Sanitation, dispensaries and jails vaccination Rajputana 1922-1927 - 1922-1927
Year: 1922
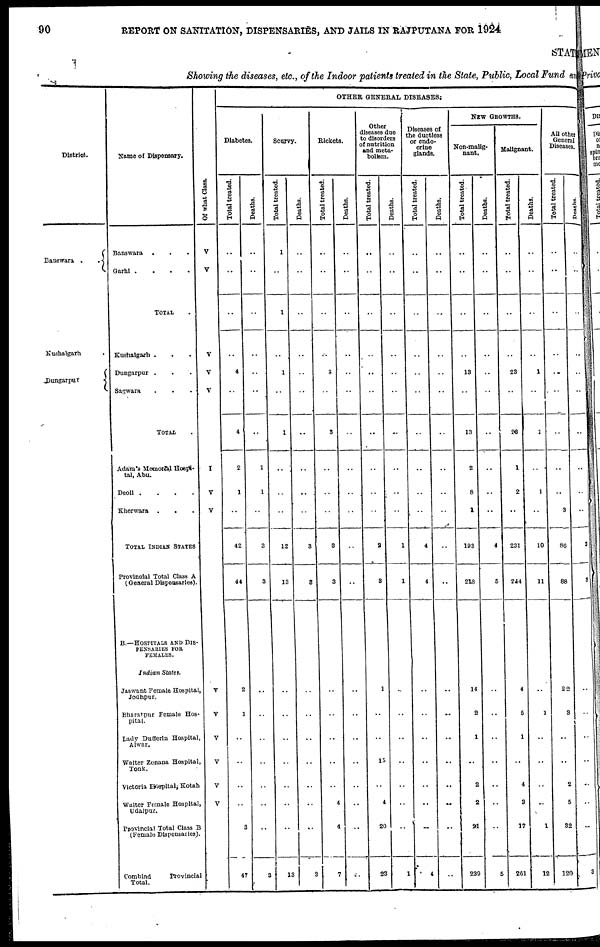
90
REPORT ON SANITATION, DISPENSARIES, AND JAILS IN RAJPUTANA FOR 1924
STAT
Showing the diseases, etc., of the Indoor patients treated in the State, Public, Local Fund and
District.
Banswara
..
Kushalgarh.
Dungarpur
Name of Dispensary.
Banswara ...
Garhi .
.
.
.
TOTAL .
Kushalgarh ...
Dungarpur ...
Sagwara ...
TOTAL .
Adam's Memorial Hospi-
tal, Abu.
Deoli .
.
.
.
Kherwara ...
TOTAL INDIAN STATES
Provincial Total Class A
(General Dispensaries).
B.—HOSPITALS AND DIS-
PENSARIES FOR
FEMALES.
Indian
States
Jaswant Female Hospital,
Jodhpur.
Bharatpur Female Hos-
pital.
Lady Dafferin Hospital,
Alwar.
Walter Zenana Hospital,
Tonk,
Victoria Hospital, Kotah
Walter Female Hospital,
Udalpur.
Provincial Total Class B
(Female Dispensaries).
Combind
Provincial
Total.
Of what Class.
V
V
V
V
V
I
V
V
V
V
V
V
V
V
OTHER GENERAL DISEASES.
Diabetes.
Total treated.
..
..
..
..
4
..
4
2
1
..
42
44
2
1
..
..
..
..
3
47
Deaths.
..
..
..
..
..
..
..
1
1
..
3
3
..
..
..
..
..
..
..
3
Scurvy.
Total treated.
1
..
1
..
1
..
1
..
..
..
12
13
..
..
..
..
..
..
..
13
Deaths.
..
..
..
..
..
..
..
..
..
..
3
3
..
..
..
..
..
..
..
3
Rickets.
Total treated.
..
..
..
..
3
..
3
..
..
..
3
3
..
..
..
..
..
4
4
7
Deaths.
..
..
..
..
..
..
..
..
..
..
..
..
..
..
..
..
..
..
..
..
Other
diseases due
to disorders
of nutrition
and meta-
bolism.
Total treated.
..
..
..
..
..
..
..
..
..
..
2
3
1
..
..
15
..
4
20
23
Deaths.
..
..
..
..
..
..
..
..
..
..
1
1
..
..
..
..
..
..
..
1
Diseases of
the ductless
or endo-
crine
glands.
Total treated.
..
..
..
..
..
..
..
..
..
..
4
4
..
..
..
..
..
..
..
4
Deaths.
..
..
..
..
..
..
..
..
..
..
..
..
..
..
..
..
..
..
..
..
NEW GROWTHS.
Non-malig-
nant.
Total treated.
..
..
..
..
13
..
13
2
8
1
193
218
14
2
1
..
2
2
21
239
Deaths.
..
..
..
..
..
..
..
..
..
..
4
5
..
..
..
..
..
..
..
5
Malignant.
Total treated.
..
..
..
..
23
..
23
1
2
..
231
244
4
5
1
..
4
3
17
261
Deaths.
..
..
..
..
1
..
1
..
1
..
10
11
..
1
..
..
..
..
1
12
All other
General
Diseases.
Total treated.
..
..
..
..
..
..
..
..
..
3
86
88
22
3
..
..
2
5
32
120
Deaths.
..
..
..
..
..
..
..
..
..
..
3
3
..
..
..
..
..
..
..
3